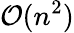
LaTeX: \mathcal{O}(n^{2})